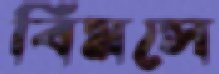
বিমসে